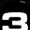
Digit: 3